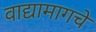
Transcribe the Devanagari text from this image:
वाद्यामागचे